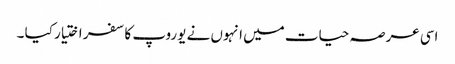
اسی عرصہ حیات میں انہوں نے یوروپ کا سفر اختیار کیا ۔